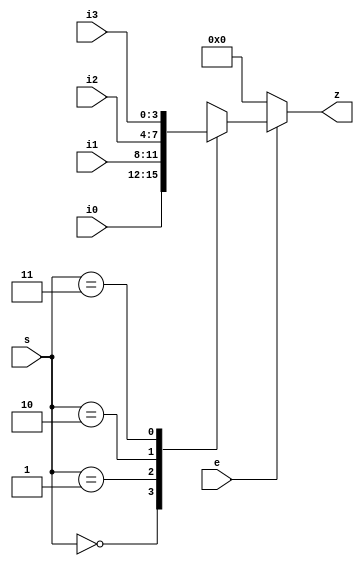
/* ============================================================================
    (C) 2007  Robert Finch
	All rights reserved.

	PSGEnvGen.v
	Version 1.1

	ADSR envelope generator.

    This source code is available for evaluation and validation purposes
    only. This copyright statement and disclaimer must remain present in
    the file.


	NO WARRANTY.
    THIS Work, IS PROVIDEDED "AS IS" WITH NO WARRANTIES OF ANY KIND, WHETHER
    EXPRESS OR IMPLIED. The user must assume the entire risk of using the
    Work.

    IN NO EVENT SHALL THE AUTHOR OR CONTRIBUTORS BE LIABLE FOR ANY
    INCIDENTAL, CONSEQUENTIAL, OR PUNITIVE DAMAGES WHATSOEVER RELATING TO
    THE USE OF THIS WORK, OR YOUR RELATIONSHIP WITH THE AUTHOR.

    IN ADDITION, IN NO EVENT DOES THE AUTHOR AUTHORIZE YOU TO USE THE WORK
    IN APPLICATIONS OR SYSTEMS WHERE THE WORK'S FAILURE TO PERFORM CAN
    REASONABLY BE EXPECTED TO RESULT IN A SIGNIFICANT PHYSICAL INJURY, OR IN
    LOSS OF LIFE. ANY SUCH USE BY YOU IS ENTIRELY AT YOUR OWN RISK, AND YOU
    AGREE TO HOLD THE AUTHOR AND CONTRIBUTORS HARMLESS FROM ANY CLAIMS OR
    LOSSES RELATING TO SUCH UNAUTHORIZED USE.


    Note that this envelope generator directly uses the values for attack,
    decay, sustain, and release. The original SID had to use four bit codes
    and lookup tables due to register limitations. This generator is
	built assuming there aren't any such register limitations.
	A wrapper could be built to provide that functionality.
	
    This component isn't really meant to be used in isolation. It is
    intended to be integrated into a larger audio component (eg SID
    emulator). The host component should take care of wrapping the control
    signals into a register array.

    The 'cnt' signal acts a prescaler used to determine the base frequency
    used to generate envelopes. The core expects to be driven at
    approximately a 1.0MHz rate for proper envelope generation. This is
    accomplished using the 'cnt' signal, which should the output of a
    counter used to divide the master clock frequency down to approximately
    a 1MHz rate. Therefore, the master clock frequency must be at least 4MHz
    for a 4 channel generator, 8MHZ for an 8 channel generator. The test
    system uses a 66.667MHz master clock and 'cnt' is the output of a seven
    bit counter that divides by 66.

    Note the resource space optimization. Rather than simply build a single
    channel ADSR envelope generator and instantiate it four or eight times,
    This unit uses a single envelope generator and time-multiplexes the
    controls from four (or eight) different channels. The ADSR is just
	complex enough that it's less expensive resource wise to multiplex the
	control signals. The luxury of time division multiplexing can be used
	here since audio signals are low frequency. The time division multiplex
	means that we need a clock that's four (or eight) times faster than
	would be needed if independent ADSR's were used. This probably isn't a
	problem for most cases.

	Spartan3
	Webpack 9.1i xc3s1000-4ft256
	522 LUTs / 271 slices / 81.155 MHz (speed)
============================================================================ */

/*
	sample attack values / rates
	----------------------------
	8		2ms
	32		8ms
	64		16ms
	96		24ms
	152		38ms
	224		56ms
	272		68ms
	320		80ms
	400		100ms
	955		239ms
	1998	500ms
	3196	800ms
	3995	1s
	12784	3.2s
	21174	5.3s
	31960	8s

	rate = 990.00ns x 256 x value
*/
// (C) 2007,2012  Robert T Finch
// robfinch<remove>@opencores.org
// All Rights Reserved.
//
// This source file is free software: you can redistribute it and/or modify 
// it under the terms of the GNU Lesser General Public License as published 
// by the Free Software Foundation, either version 3 of the License, or     
// (at your option) any later version.                                      
//                                                                          
// This source file is distributed in the hope that it will be useful,      
// but WITHOUT ANY WARRANTY; without even the implied warranty of           
// MERCHANTABILITY or FITNESS FOR A PARTICULAR PURPOSE.  See the            
// GNU General Public License for more details.                             
//                                                                          
// You should have received a copy of the GNU General Public License        
// along with this program.  If not, see <http://www.gnu.org/licenses/>.    
//
// Verilog 1995
//
// Webpack 9.1i  xc3s1000-4ft256
//  slices /  LUTs / MHz

module mux4to1(e, s, i0, i1, i2, i3, z);
parameter WID=4;
input e;
input [1:0] s;
input [WID:1] i0;
input [WID:1] i1;
input [WID:1] i2;
input [WID:1] i3;
output [WID:1] z;
reg [WID:1] z;

always @(e or s or i0 or i1 or i2 or i3)
	if (!e)
		z <= {WID{1'b0}};
	else begin
		case(s)
		2'b00:	z <= i0;
		2'b01:	z <= i1;
		2'b10:	z <= i2;
		2'b11:	z <= i3;
		endcase
	end

endmodule

// envelope generator states






// Envelope generator
module PSGEnvGen(rst, clk, cnt,
	gate,
	attack0, attack1, attack2, attack3,
	decay0, decay1, decay2, decay3,
	sustain0, sustain1, sustain2, sustain3,
	relese0, relese1, relese2, relese3,
	o);
	parameter pChannels = 4;
	parameter pPrescalerBits = 8;
	input rst;							// reset
	input clk;							// core clock
	input [pPrescalerBits-1:0] cnt;		// clock rate prescaler
	input [15:0] attack0;
	input [15:0] attack1;
	input [15:0] attack2;
	input [15:0] attack3;
	input [11:0] decay0;
	input [11:0] decay1;
	input [11:0] decay2;
	input [11:0] decay3;
	input [7:0] sustain0;
	input [7:0] sustain1;
	input [7:0] sustain2;
	input [7:0] sustain3;
	input [11:0] relese0;
	input [11:0] relese1;
	input [11:0] relese2;
	input [11:0] relese3;
	input [3:0] gate;
	output [7:0] o;

	reg [7:0] sustain;
	reg [15:0] attack;
	reg [17:0] decay;
	reg [17:0] relese;
	// Per channel count storage
	reg [7:0] envCtr [3:0];
	reg [7:0] envCtr2 [3:0];
	reg [7:0] iv [3:0];			// interval value for decay/release
	reg [2:0] icnt [3:0];		// interval count
	reg [19:0] envDvn [3:0];
	reg [2:0] envState [3:0];

	reg [2:0] envStateNxt;
	reg [15:0] envStepPeriod;	// determines the length of one step of the envelope generator
	reg [7:0] envCtrx;
	reg [19:0] envDvnx;

	// Time multiplexed values
	wire [15:0] attack_x;
	wire [11:0] decay_x;
	wire [7:0] sustain_x;
	wire [11:0] relese_x;

	integer n;

    wire [1:0] sel = cnt[1:0];

	mux4to1 #(16) u1 (
		.e(1'b1),
		.s(sel),
		.i0(attack0),
		.i1(attack1),
		.i2(attack2),
		.i3(attack3),
		.z(attack_x)
	);

	mux4to1 #(12) u2 (
		.e(1'b1),
		.s(sel),
		.i0(decay0),
		.i1(decay1),
		.i2(decay2),
		.i3(decay3),
		.z(decay_x)
	);

	mux4to1 #(8) u3 (
		.e(1'b1),
		.s(sel),
		.i0(sustain0),
		.i1(sustain1),
		.i2(sustain2),
		.i3(sustain3),
		.z(sustain_x)
	);

	mux4to1 #(12) u4 (
		.e(1'b1),
		.s(sel),
		.i0(relese0),
		.i1(relese1),
		.i2(relese2),
		.i3(relese3),
		.z(relese_x)
	);

	always @(attack_x)
		attack <= attack_x;

	always @(decay_x)
		decay <= decay_x;

	always @(sustain_x)
		sustain <= sustain_x;

	always @(relese_x)
		relese <= relese_x;


	always @(sel)
		envCtrx <= envCtr[sel];

	always @(sel)
		envDvnx <= envDvn[sel];


	// Envelope generate state machine
	// Determine the next envelope state
	always @(sel or gate or sustain)
	begin
		case (envState[sel])
		0:
			if (gate[sel])
				envStateNxt <= 1;
			else
				envStateNxt <= 0;
		1:
			if (envCtrx==8'hFE) begin
				if (sustain==8'hFF)
					envStateNxt <= 3;
				else
					envStateNxt <= 2;
			end
			else
				envStateNxt <= 1;
		2:
			if (envCtrx==sustain)
				envStateNxt <= 3;
			else
				envStateNxt <= 2;
		3:
			if (~gate[sel])
				envStateNxt <= 4;
			else
				envStateNxt <= 3;
		4: begin
			if (envCtrx==8'h00)
				envStateNxt <= 0;
			else if (gate[sel])
				envStateNxt <= 3;
			else
				envStateNxt <= 4;
			end
		// In case of hardware problem
		default:
			envStateNxt <= 0;
		endcase
	end

	always @(posedge clk)
		if (rst) begin
		    for (n = 0; n < pChannels; n = n + 1)
		        envState[n] <= 0;
		end
		else if (cnt < pChannels)
			envState[sel] <= envStateNxt;


	// Handle envelope counter
	always @(posedge clk)
		if (rst) begin
		    for (n = 0; n < pChannels; n = n + 1) begin
		        envCtr[n] <= 0;
		        envCtr2[n] <= 0;
		        icnt[n] <= 0;
		        iv[n] <= 0;
		    end
		end
		else if (cnt < pChannels) begin
			case (envState[sel])
			0:
				begin
				envCtr[sel] <= 0;
				envCtr2[sel] <= 0;
				icnt[sel] <= 0;
				iv[sel] <= 0;
				end
			3:
				begin
				envCtr2[sel] <= 0;
				icnt[sel] <= 0;
				iv[sel] <= sustain >> 3;
				end
			1:
				begin
				icnt[sel] <= 0;
				iv[sel] <= (8'hff - sustain) >> 3;
				if (envDvnx==20'h0) begin
					envCtr2[sel] <= 0;
					envCtr[sel] <= envCtrx + 1;
				end
				end
			2,
			4:
				if (envDvnx==20'h0) begin
					envCtr[sel] <= envCtrx - 1;
					if (envCtr2[sel]==iv[sel]) begin
						envCtr2[sel] <= 0;
						if (icnt[sel] < 3'd7)
							icnt[sel] <= icnt[sel] + 1;
					end
					else
						envCtr2[sel] <= envCtr2[sel] + 1;
				end
			endcase
		end

	// Determine envelope divider adjustment source
	always @(sel or attack or decay or relese)
	begin
		case(envState[sel])
		1:	envStepPeriod <= attack;
		2:		envStepPeriod <= decay;
		4:	envStepPeriod <= relese;
		default:		envStepPeriod <= 16'h0;
		endcase
	end


	// double the delay at appropriate points
	// for exponential modelling
	wire [19:0] envStepPeriod1 = {4'b0,envStepPeriod} << icnt[sel];


	// handle the clock divider
	// loadable down counter
	// This sets the period of each step of the envelope
	always @(posedge clk)
		if (rst) begin
			for (n = 0; n < pChannels; n = n + 1)
				envDvn[n] <= 0;
		end
		else if (cnt < pChannels) begin
			if (envDvnx==20'h0)
				envDvn[sel] <= envStepPeriod1;
			else
				envDvn[sel] <= envDvnx - 1;
		end

	assign o = envCtrx;

endmodule